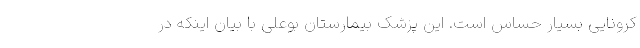
کرونایی بسیار حساس است. این پزشک بیمارستان بوعلی با بیان اینکه در